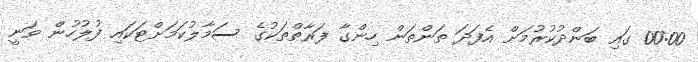
00:00 ގައި ބަންދުކުރުމަށް އެފަދަ ތަންތަން ހިންގާ ފަރާތްތަކުގެ ސަމާލުކަމަށްޓަކައި ފުލުހުން ވަނީ